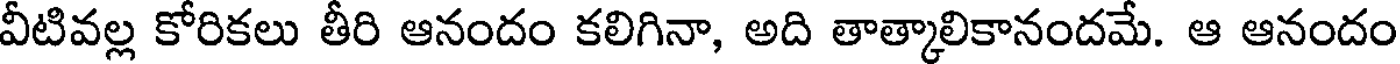
వీటివల్ల కోరికలు తీరి ఆనందం కలిగినా, అది తాత్కాలికానందమే. ఆ ఆనందం